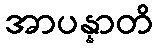
အာပန္နာတိ